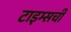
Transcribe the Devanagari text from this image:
टाइम्सची